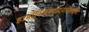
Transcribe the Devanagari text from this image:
हार्मोनिअमवादनाविषयीचे